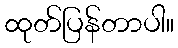
ထုတ်ပြန်တာပါ။